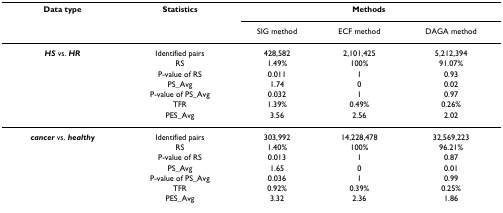
| Data type | Statistics | <COLSPAN=3> Methods |
 |  |  | SIG method | ECF method | DAGA method |
 | --- | --- | --- | --- | --- |
 | HS vs. HR | Identified pairs | 428,582 | 2,101,425 | 5,212,394 |
 |  | RS | 1.49% | 100% | 91.07% |
 |  | P-value of RS | 0.011 | 1 | 0.93 |
 |  | PS_Avg | 1.74 | 0 | 0.02 |
 |  | P-value of PS_Avg | 0.032 | 1 | 0.97 |
 |  | TFR | 1.39% | 0.49% | 0.26% |
 |  | PES_Avg | 3.56 | 2.56 | 2.02 |
 | cancer vs. healthy | Identified pairs | 303,992 | 14,228,478 | 32,569,223 |
 |  | RS | 1.40% | 100% | 96.21% |
 |  | P-value of RS | 0.013 | 1 | 0.87 |
 |  | PS_Avg | 1.65 | 0 | 0.01 |
 |  | P-value of PS_Avg | 0.036 | 1 | 0.99 |
 |  | TFR | 0.92% | 0.39% | 0.25% |
 |  | PES_Avg | 3.32 | 2.36 | 1.86 |